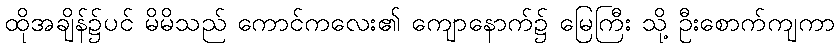
ထိုအချိန်၌ပင် မိမိသည် ကောင်ကလေး၏ ကျောနောက်၌ မြေကြီး သို့ ဦးစောက်ကျကာ